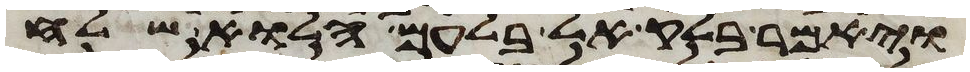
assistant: ויאמר בלק אל בלעם הלוא שלח